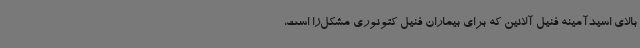
بالای اسیدآمینه فنیل آلانین که برای بیماران فنیل کتونوری مشکل‌زا است،